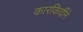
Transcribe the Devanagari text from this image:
कारकिर्दीने